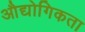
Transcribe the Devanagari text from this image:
औद्योगिकता